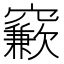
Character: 𱷙